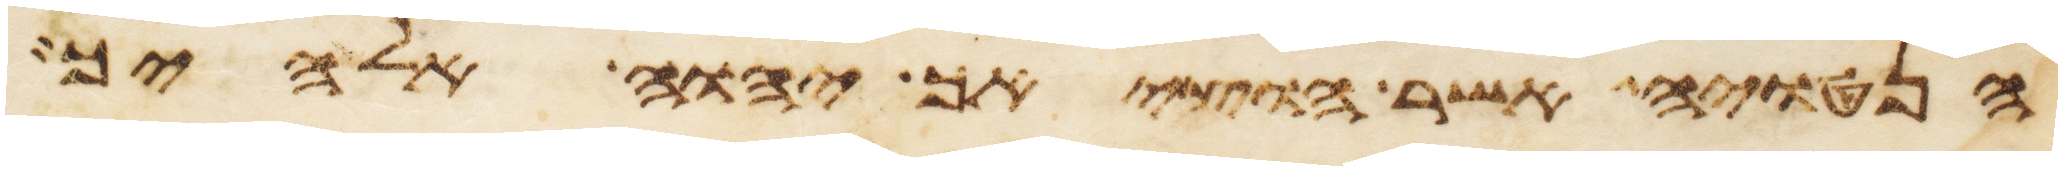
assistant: הנטויה אשר הוציאך יהוה אלהיך